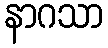
နာဂသာ